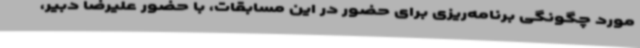
مورد چگونگی برنامه‌ریزی برای حضور در این مسابقات، با حضور علیرضا دبیر،